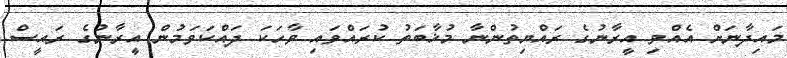
މައިދާނަށް އެއްވި އީރާނުގެ ރައްޔިތުންނާ މުޚާބަތު ކުރައްވައި ވާހަކަ ދައްކަވަމުން އީރާނުގެ ރައީސް